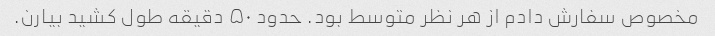
مخصوص سفارش دادم از هر نظر متوسط بود. حدود ۵۰ دقیقه طول کشید بیارن.